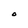
Character: O